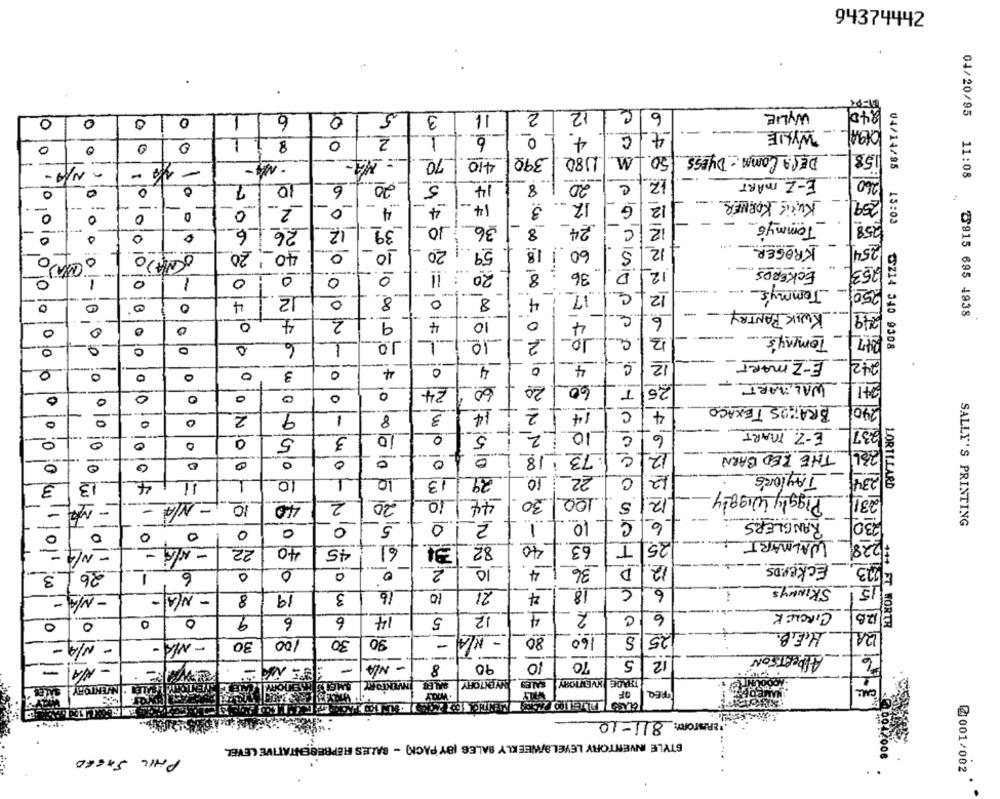
94374442
.
2
12
6
WYLIE
0
0
0
1
0
1
6
0
5
13
11
1
2
-1
6
4.
4
WYLIE
0
0
8
0
0
410
390
1180
50 M
DESA COMM - DYESS
- NA-
70
- N/A -
PDE
04/14/95
14
20 8
E-Z MART
0
0
0
10
6
20
5
c
12
-
KuriK KORNER
-
-
21
4
4
14
3
G
12
..
0
0
0
0
-
24.
Tommy's
251
-
26 6
12
39
10.
36
8
C
12
13:03
0
1
60/ 18
12
KROGER
0
20
40_
0
-
10
20
59
S
ECKERDS
0
8
36
12
0
0
0
0
11
20
D
Tommy's
-
12
17
c
12
--
O
0
0
4
0
8
0
8
4
-
KWIK PANTRY
2
9
0
4
6
0
4
4
10
04/20/95 11:08 2915 695 4938
0
io
10
10
12
Tommy's
6
1
10
2
0
CZ14 340 9308
12
E-Z MART_
242
-
4
0
4
-
4
0
O
0
3
WALMART-
:0
0
24
60
60
₸
25
0
a
0
O
1
0
BRAZOS TEXACO
29
2
9
8
3
14
14
C
4
0
0
1
E-Z. MART
0
5
3
2
10
C
6
0
10
0
.73
12
THE RED BARN
0
0
0
0
18
0
0
10
13
29
10
22_
12
Taylor's
3
3
10
Piggly Wiggly
LORTILARD
-
40
2
20
10
44
30
100
100 30
S
12
=
10 ,- N/A -
-
RANGLERS
5.
0
2
1
10
C
6
0
0
0
o
SALLY'S PRINTING
= ~ 4=
25
WALMART
- N/A =
22
40
45
61
82 31
40
63
T
01
2
10
D
12.
EckerDs
1213
3
26
6
0
0
0
0
4
36
16
21
18
6
SKINNYS
15
- N/A-
8
19
3
10
4
12
4
2
6
CIRCLEK
0
0
0
9
6
6
14
5
2A
10
30
90
- N/A
80
160
S
125
H.E.B.
1++ FT WORTH
- N/A-
30
100
-
ALBERTSON
10
10
5
12
- N/A
-
- N/A
8
90
AHY LOVIT . INVENTORY
MOITORY |SALES INVENTORY
SALES
THADEL INVENTORY
CALL
WILLY
OF
PERISTORY: 811-10
STYLE INVENTORY LEVELS/WEEKLY BALES (BY PACK) - SALES REPRESENTATIVE LEVEL
PHIL SAEED
2001/002